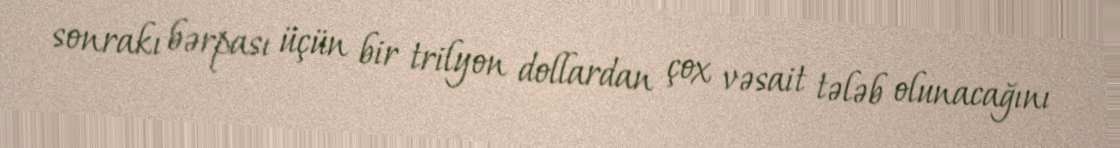
sonrakı bərpası üçün bir trilyon dollardan çox vəsait tələb olunacağını